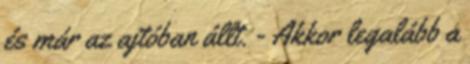
és már az ajtóban állt. - Akkor legalább a